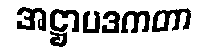
အဋ္ဌာပဒကတာ